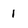
Character: 1